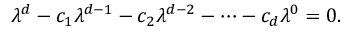
\lambda ^ { d } - c _ { 1 } \lambda ^ { d - 1 } - c _ { 2 } \lambda ^ { d - 2 } - \cdots - c _ { d } \lambda ^ { 0 } = 0 .